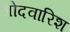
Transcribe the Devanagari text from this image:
गोदवारिश